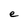
Character: e